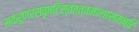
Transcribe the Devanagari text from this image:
सकरुणरसवृष्टिस्तत्त्वमालासमष्टिः